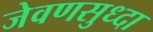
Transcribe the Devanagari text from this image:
जेवणसुध्दा